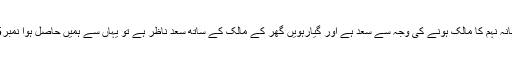
خانہ نہم کا مالک ہونے کی وجہ سے سعد ہے اور گیارہویں گھر کے مالک کے ساتھ سعد ناظر ہے تو یہاں سے ہمیں حاصل ہوا نمبر5۔